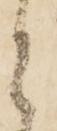
と